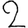
Digit: 2